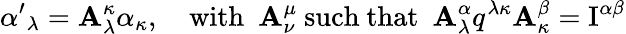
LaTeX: {\alpha^{\prime}}_{\lambda}=\mathbf{A}_{\lambda}^{\kappa}\alpha_{\kappa},\quad\mathrm{{with}}\ \ \mathbf{A}_{\nu}^{\mu}\ \mathrm{{such\ that}}\ \ \mathbf{A}_{\lambda}^{\alpha}q^{\lambda\kappa}\mathbf{A}_{\kappa}^{\beta}=\mathrm{{I}}^{\alpha\beta}